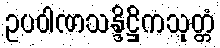
ဥပဝါဏသန္ဒိဋ္ဌိကသုတ္တံ